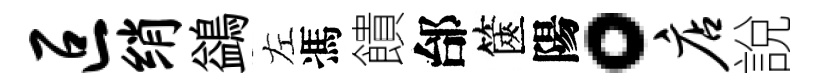
叵绡鷁左馮饋邰篋陽。店說